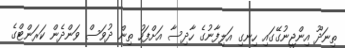
ތިނަދޫ އިންޖީނުގޭގައި ހިނގި އަލިފާނުގެ ހާދިސާ އަށްފަހު ތިން ދުވަސް ވަންދެން ކަރަންޓްގެ